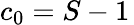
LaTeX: c_{0}=S-1\,